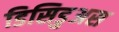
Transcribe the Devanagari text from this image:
डिसिडुअस